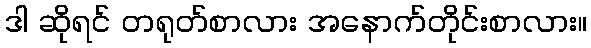
ဒါ ဆိုရင် တရုတ်စာလား အနောက်တိုင်းစာလား။